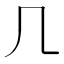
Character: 𠘧